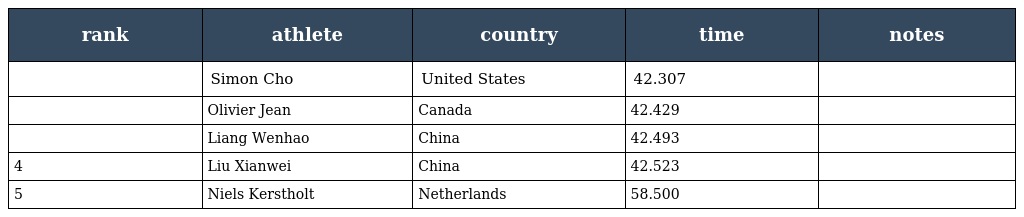
| rank | athlete | country | time | notes |
 | --- | --- | --- | --- | --- |
 |  | Simon Cho | United States | 42.307 |  |
 |  | Olivier Jean | Canada | 42.429 |  |
 |  | Liang Wenhao | China | 42.493 |  |
 | 4 | Liu Xianwei | China | 42.523 |  |
 | 5 | Niels Kerstholt | Netherlands | 58.500 |  |